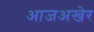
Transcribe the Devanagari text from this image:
आजअखेर